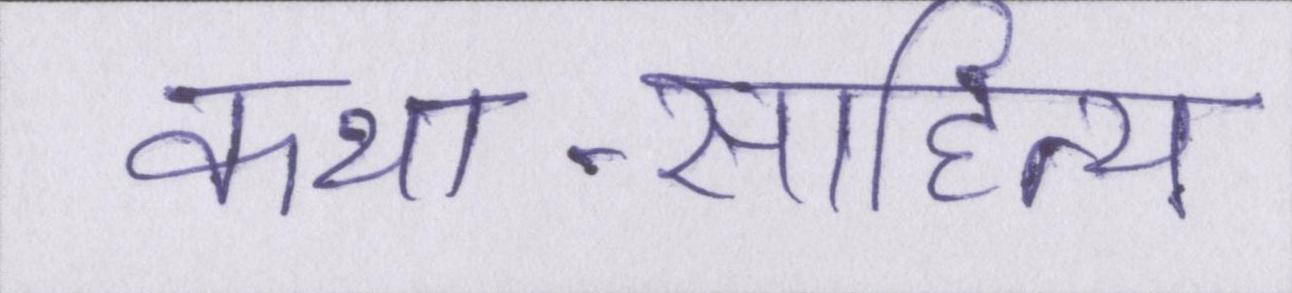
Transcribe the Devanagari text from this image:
कथा-साहित्य